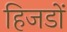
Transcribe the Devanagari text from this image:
हिजडों